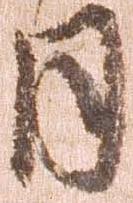
日